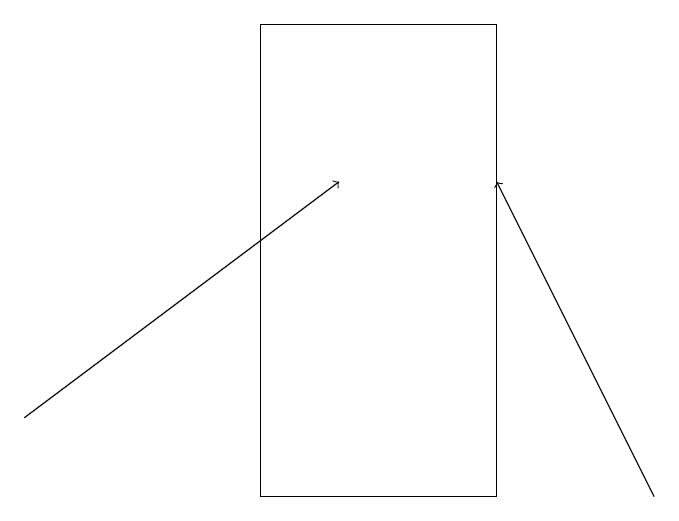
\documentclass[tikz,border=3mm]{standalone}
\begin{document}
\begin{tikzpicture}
\draw (7,19) rectangle (4,13);
\draw[->] (1,14) -- (5,17);
\draw[->] (9,13) -- (7,17);
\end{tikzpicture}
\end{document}